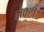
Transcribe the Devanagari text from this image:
लैक्टी